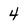
Character: 4